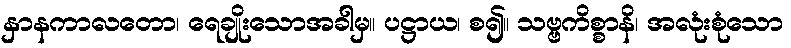
နှာနကာလတော၊ ရေချိုးသောအခါမှ။ ပဋ္ဌာယ၊ စ၍။ သဗ္ဗကိစ္စာနိ၊ အလုံးစုံသော